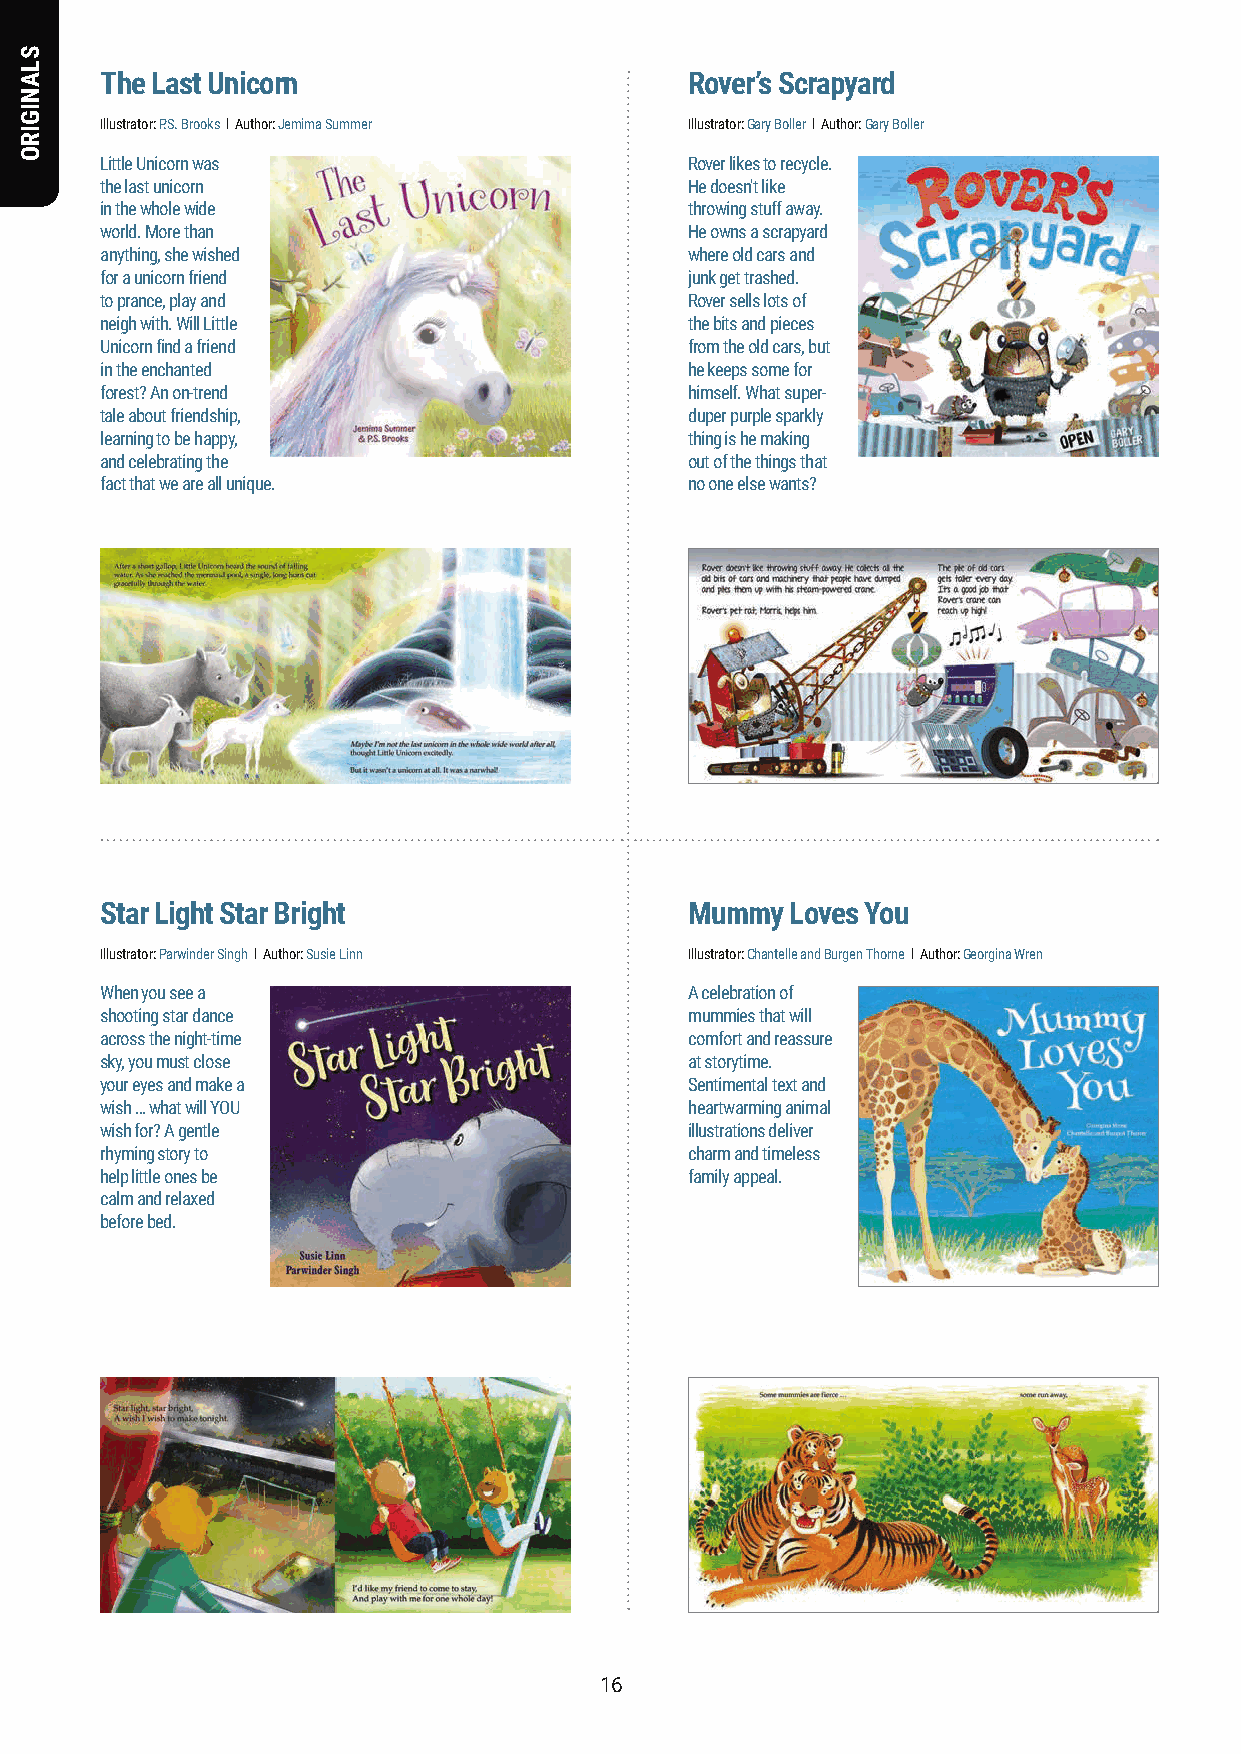
The Last Unicorn                       Rover’s Scrapyard
 Illustrator: P.S. Brooks l Author: Jemima Summer Illustrator: Gary Boller l Author: Gary Boller
 Little Unicorn was                     Rover likes to recycle.
 the last unicorn                       He doesn't like
 in the whole wide                      throwing stuff away.
 world. More than                       He owns a scrapyard
 anything, she wished                   where old cars and
 for a unicorn friend                   junk get trashed.
 to prance, play and                    Rover sells lots of
 neigh with. Will Little                the bits and pieces
 Unicorn find a friend                  from the old cars, but
 in the enchanted                       he keeps some for
 forest? An on-trend                    himself. What super-
 tale about friendship,                 duper purple sparkly
 learning to be happy,                  thing is he making
 and celebrating the                    out of the things that
 fact that we are all unique.           no one else wants?
 Star Light Star Bright                 Mummy Loves You
 Illustrator: Parwinder Singh l Author: Susie Linn Illustrator: Chantelle and Burgen Thorne l Author: Georgina Wren
 When you see a                         A celebration of
 shooting star dance                    mummies that will
 across the night-time                  comfort and reassure
 sky, you must close                    at storytime.
 your eyes and make a                   Sentimental text and
 wish … what will YOU                   heartwarming animal
 wish for? A gentle                     illustrations deliver
 rhyming story to                       charm and timeless
 help little ones be                    family appeal.
 calm and relaxed
 before bed.
 1166
 SLANIGIRO